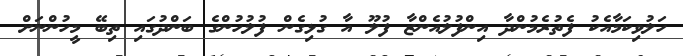
ހަލުވިކަމާއެކު ފެތުރެމުންދާ އިންފުލުއެންޒާ ފުލޫ އާ ގުޅިގެން ފުލުހުންގެ ބަންދުގައި ތިބޭ މީހުންނަށް